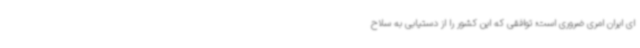
ای ایران امری ضروری است؛ توافقی که این کشور را از دستیابی به سلاح